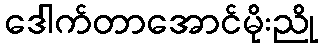
ဒေါက်တာအောင်မိုးညို